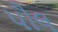
પૌલ